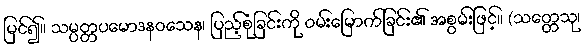
မြင်၍။ သမ္ပတ္တပမောဒနဝသေန၊ ပြည့်စုံခြင်းကို ဝမ်းမြောက်ခြင်း၏ အစွမ်းဖြင့်။ (သတ္တေသု၊